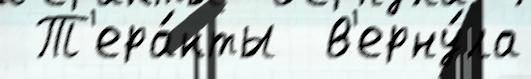
 Т'ера́кты  в'ерну́ла